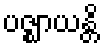
ပဇ္ဈာယန္တိ